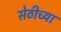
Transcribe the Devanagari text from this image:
सेठीच्या